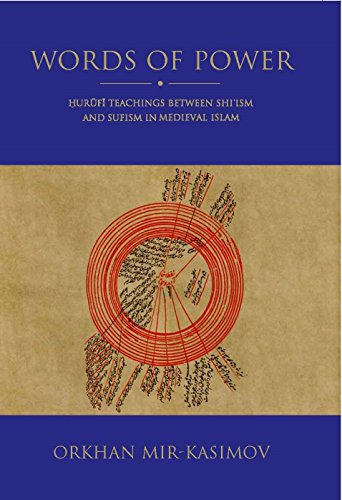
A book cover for Words of Power: Hurufi Teachings between Shi'ism and Sufism in Medieval Islam (Shi'i Heritage); Orkhan Mir-Kasimov; Religion & Spirituality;